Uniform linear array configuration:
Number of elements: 8
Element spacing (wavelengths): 0.5
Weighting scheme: kaiser
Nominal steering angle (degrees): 0
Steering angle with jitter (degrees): -0.3662
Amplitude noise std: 0.05
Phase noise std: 0.05

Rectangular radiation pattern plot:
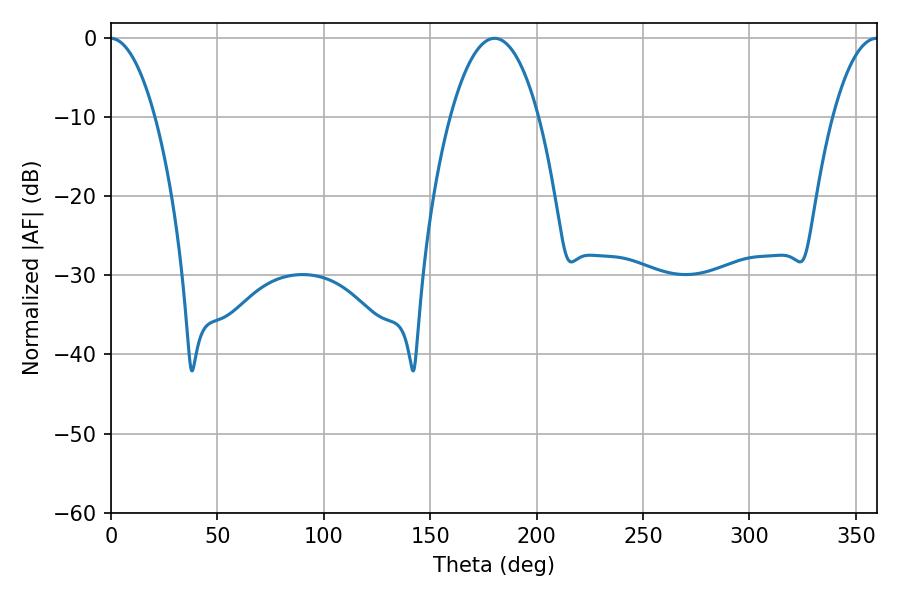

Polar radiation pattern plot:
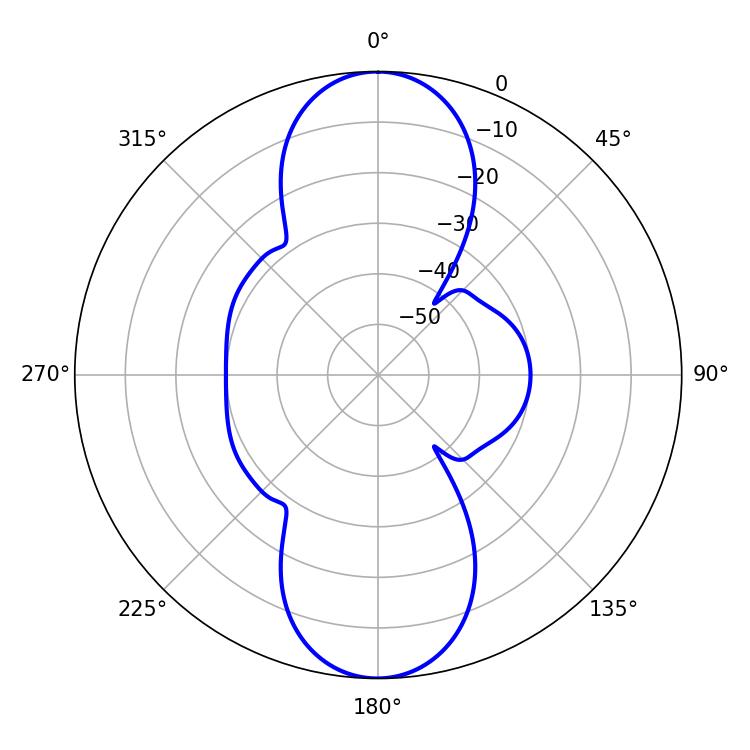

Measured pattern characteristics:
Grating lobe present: FALSE
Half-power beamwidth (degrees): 23.04
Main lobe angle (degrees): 180.18